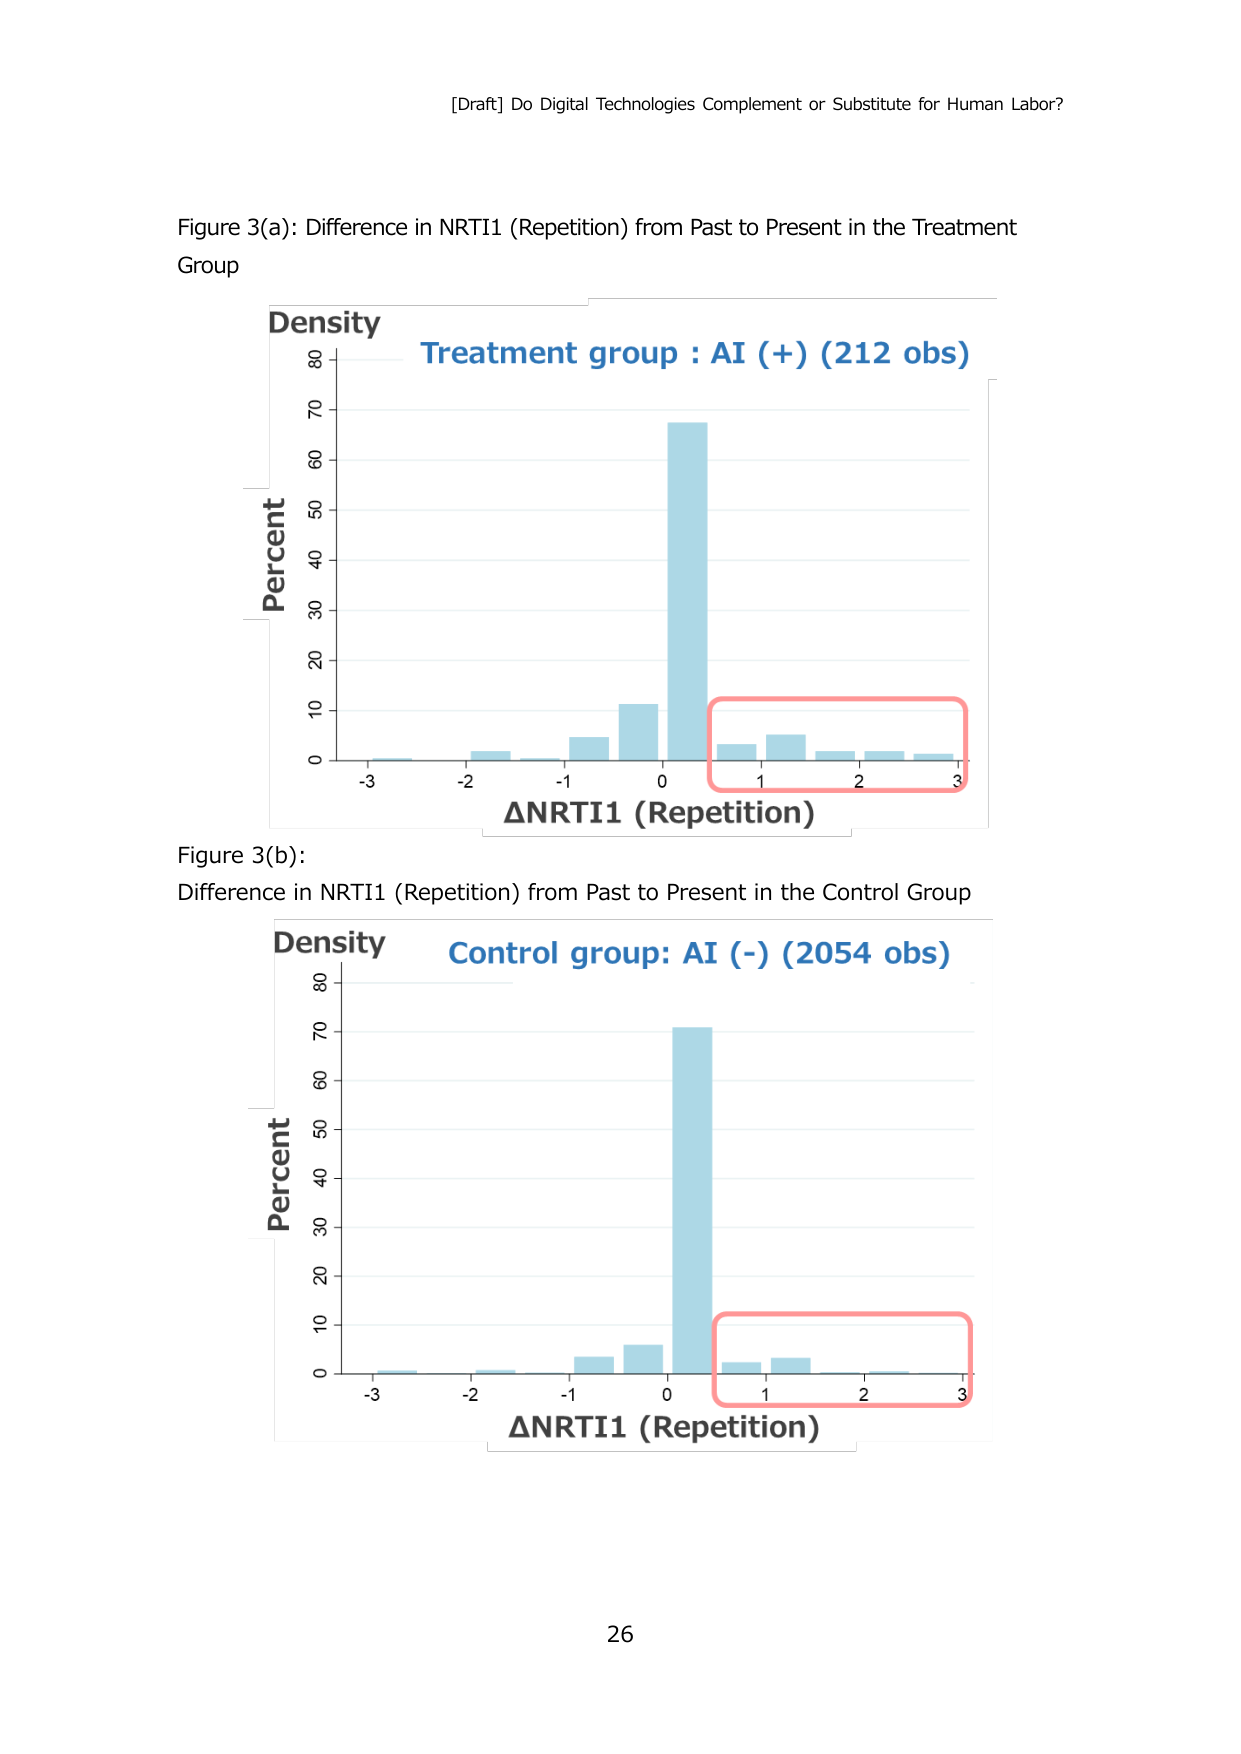
[Draft] Do Digital Technologies Complement or Substitute for Human Labor?

Figure 3(a): Difference in NRTI1 (Repetition) from Past to Present in the Treatment Group

Density
Treatment group : AI (+) (212 obs)

Percent
80
70
60
50
40
30
20
10
0

-3   -2   -1   0   1   2   3
ΔNRTI1 (Repetition)

Figure 3(b):
Difference in NRTI1 (Repetition) from Past to Present in the Control Group

Density
Control group: AI (-) (2054 obs)

Percent
80
70
60
50
40
30
20
10
0

-3   -2   -1   0   1   2   3
ΔNRTI1 (Repetition)

26